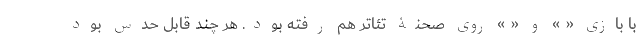
با بازی « » و « » روی صحنۀ تئاتر هم رفته بود. هر چند قابل حدس بود